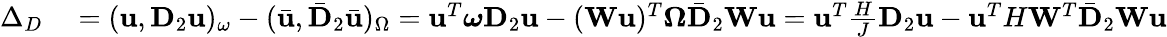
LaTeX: \begin{array}{rl}{\Delta_{D}}&{{}=(\mathbf{u},\mathbf{D}_{2}\mathbf{u})_{\omega}-(\bar{\mathbf{u}},\bar{\mathbf{D}}_{2}\bar{\mathbf{u}})_{\Omega}=\mathbf{u}^{T}\boldsymbol{\omega}\mathbf{D}_{2}\mathbf{u}-(\mathbf{W}\mathbf{u})^{T}\boldsymbol{\Omega}\bar{\mathbf{D}}_{2}\mathbf{W}\mathbf{u}=\mathbf{u}^{T}\frac{H}{J}\mathbf{D}_{2}\mathbf{u}-\mathbf{u}^{T}H\mathbf{W}^{T}\bar{\mathbf{D}}_{2}\mathbf{W}\mathbf{u}}\end{array}